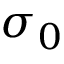
\sigma _ { 0 }